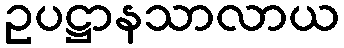
ဥပဋ္ဌာနသာလာယ